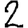
Digit: 2